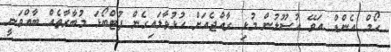
ހޯމް އެންޑް އަވޭ އުސޫލުން މުޅި ރާއްޖެއަށް ހުޅުވާލައިގެން ފުޓްބޯޅަ މުބާރާތެއް ބާއްވަނީ